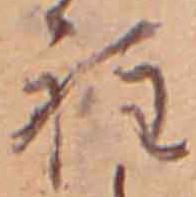
程